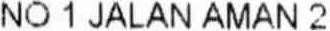
NO 1 JALAN AMAN 2